Senior Leaving Certificate Examination (including Day School Certificate (Higher) General paper), 1950
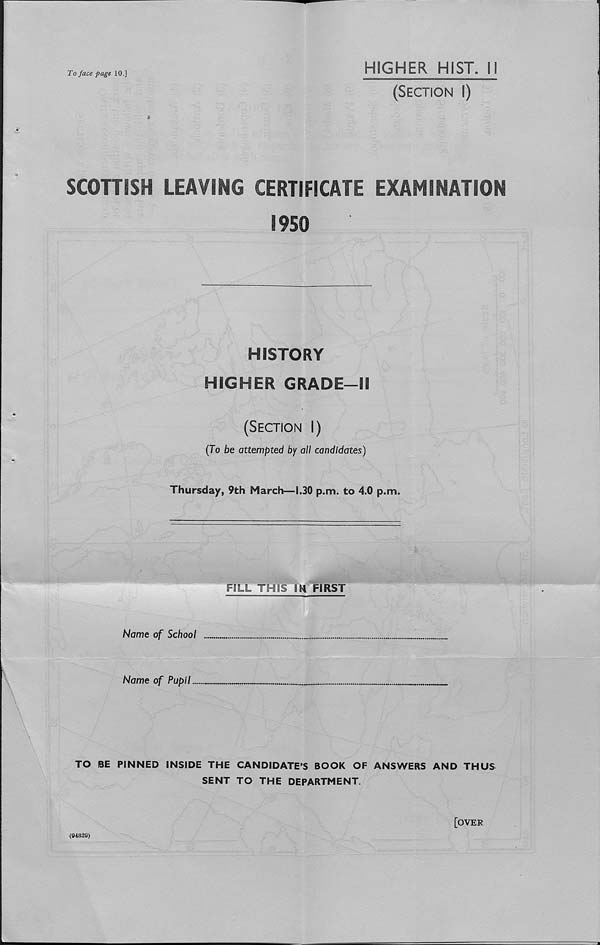
To face page 10.]
HIGHER HIST. II
(Section I)
SCOHISH LEAVING CERTIFICATE EXAMINATION
1950
HISTORY
HIGHER GRADE—II
(Section I)
(To be attempted by all candidates)
Thursday, 9th March—1.30 p.m. to 4.0 p.m.
FILL THIS IN FIRST
Name of School
Name of Pupil
TO BE PINNED INSIDE THE CANDIDATE’S BOOK OF ANSWERS AND THUS
SENT TO THE DEPARTMENT.
(94829)
[over